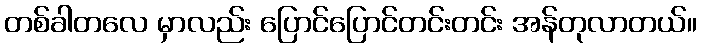
တစ်ခါတလေ မှာလည်း ပြောင်ပြောင်တင်းတင်း အန်တုလာတယ်။